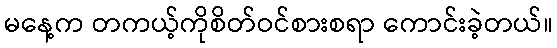
မနေ့က တကယ့်ကိုစိတ်ဝင်စားစရာ ကောင်းခဲ့တယ်။